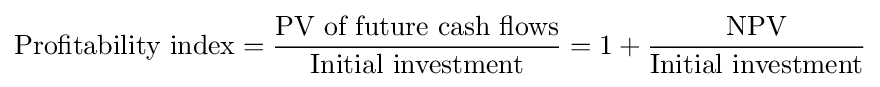
{\text{Profitability index}}={\frac {\text{PV of future cash flows}}{\text{Initial investment}}}=1+{\frac {\text{NPV}}{\text{Initial investment}}}